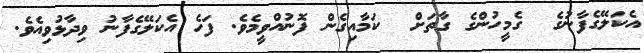
އެކަލޭގެފާނުގެ  ގެމީހުންގެ ގާތަށް  ކަމާއިގެން ފޮނުއްވީމެވެ. ފަހެ އެކަލޭގެފާނު ވިދާޅުވިއެވެ.